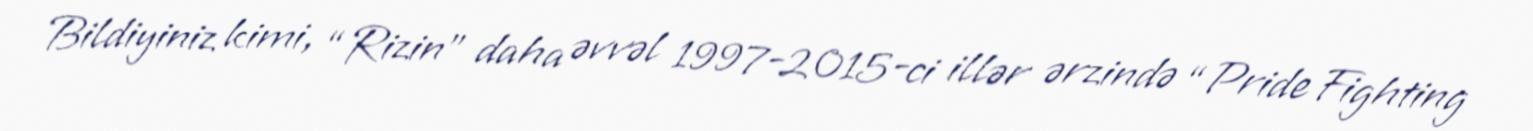
Bildiyiniz kimi, “Rizin” daha əvvəl 1997-2015-ci illər ərzində “Pride Fighting